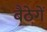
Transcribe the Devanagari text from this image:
बैठेगें